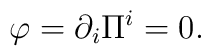
\varphi  = \partial _i \Pi ^i  = 0.